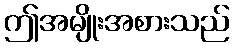
ဤအမျိုးအစားသည်